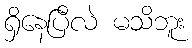
ရှိနေပြီလဲ မသိဘူး